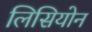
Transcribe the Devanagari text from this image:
लिसियोन